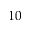
1 0